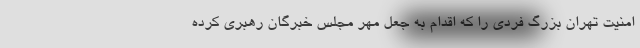
امنیت تهران بزرگ فردی را که اقدام به جعل مهر مجلس خبرگان رهبری کرده